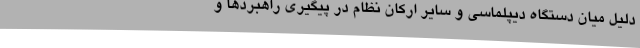
دلیل میان دستگاه دیپلماسی و سایر ارکان نظام در پیگیری راهبردها و